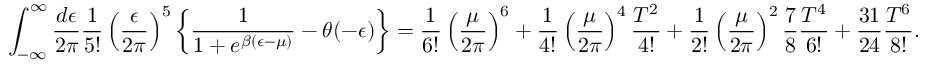
\int _ { - \infty } ^ { \infty } { \frac { d \epsilon } { 2 \pi } } { \frac { 1 } { 5 ! } } \left( { \frac { \epsilon } { 2 \pi } } \right) ^ { 5 } \left\{ { \frac { 1 } { 1 + e ^ { \beta ( \epsilon - \mu ) } } } - \theta ( - \epsilon ) \right\} = { \frac { 1 } { 6 ! } } \left( { \frac { \mu } { 2 \pi } } \right) ^ { 6 } + { \frac { 1 } { 4 ! } } \left( { \frac { \mu } { 2 \pi } } \right) ^ { 4 } { \frac { T ^ { 2 } } { 4 ! } } + { \frac { 1 } { 2 ! } } \left( { \frac { \mu } { 2 \pi } } \right) ^ { 2 } { \frac { 7 } { 8 } } { \frac { T ^ { 4 } } { 6 ! } } + { \frac { 3 1 } { 2 4 } } { \frac { T ^ { 6 } } { 8 ! } } .